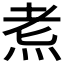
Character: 𪸦